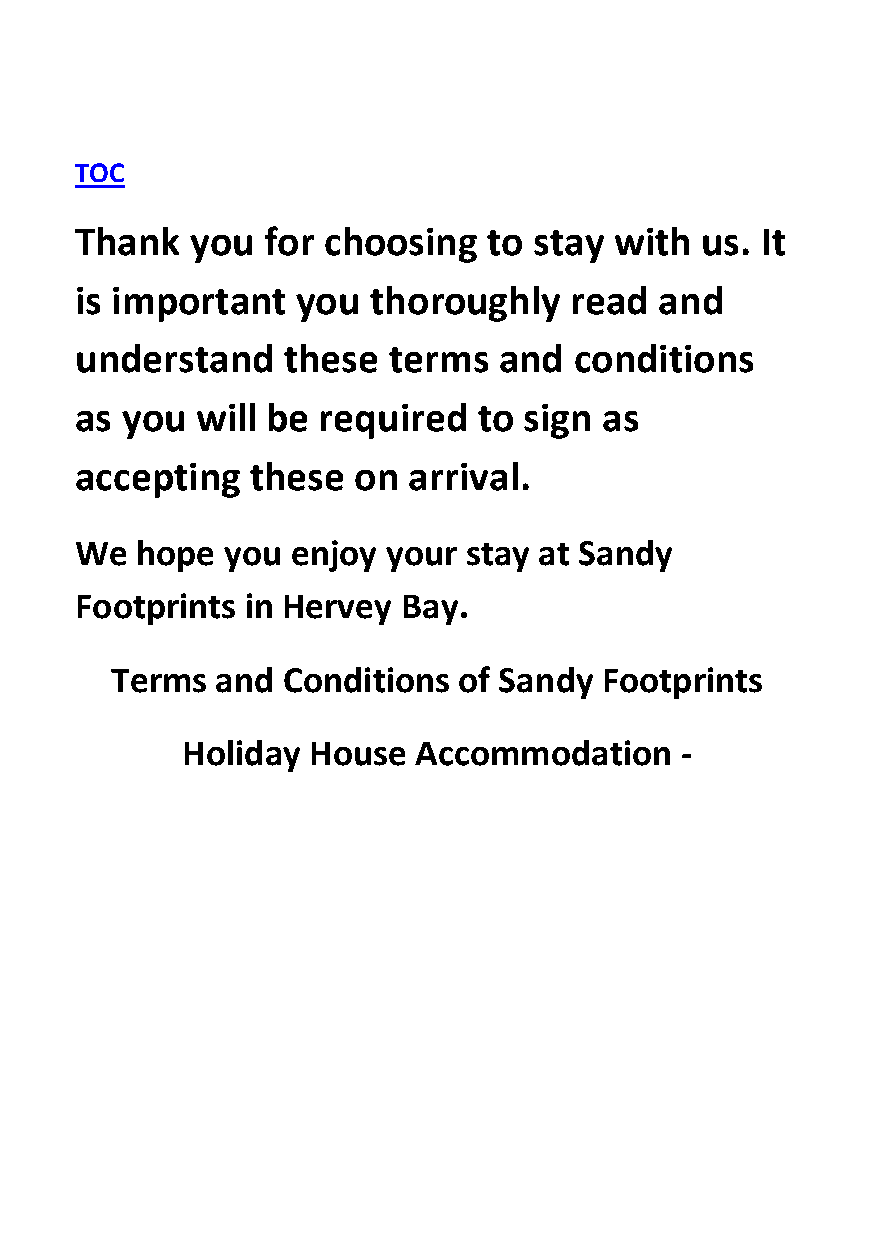
TOC
 Thank   you  for choosing  to stay  with us. It
 is important   you  thoroughly   read  and
 understand    these  terms  and  conditions
 as you  will be required   to sign as
 accepting   these on  arrival.
 We  hope  you enjoy  your stay at Sandy
 Footprints in Hervey  Bay.
 Terms  and  Conditions of Sandy  Footprints
 Holiday House   Accommodation    -